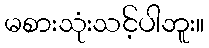
မစားသုံးသင့်ပါဘူး။